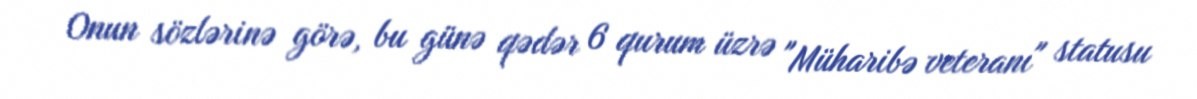
Onun sözlərinə görə, bu günə qədər 6 qurum üzrə "Müharibə veteranı" statusu